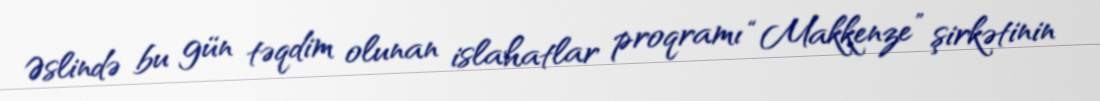
Əslində bu gün təqdim olunan islahatlar proqramı “Makkenze” şirkətinin